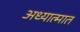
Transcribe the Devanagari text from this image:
अध्यात्मात